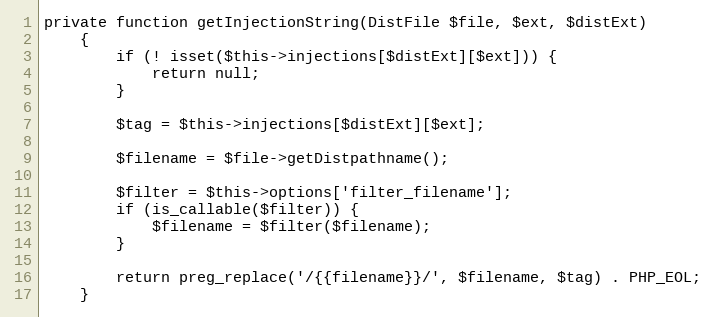
Language: PHP
private function getInjectionString(DistFile $file, $ext, $distExt)
    {
        if (! isset($this->injections[$distExt][$ext])) {
            return null;
        }

        $tag = $this->injections[$distExt][$ext];

        $filename = $file->getDistpathname();

        $filter = $this->options['filter_filename'];
        if (is_callable($filter)) {
            $filename = $filter($filename);
        }

        return preg_replace('/{{filename}}/', $filename, $tag) . PHP_EOL;
    }